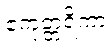
ဧကုတ္တရိကာ